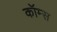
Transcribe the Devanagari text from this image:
कॉम्स